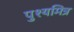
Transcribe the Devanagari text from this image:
पुश्यमित्र